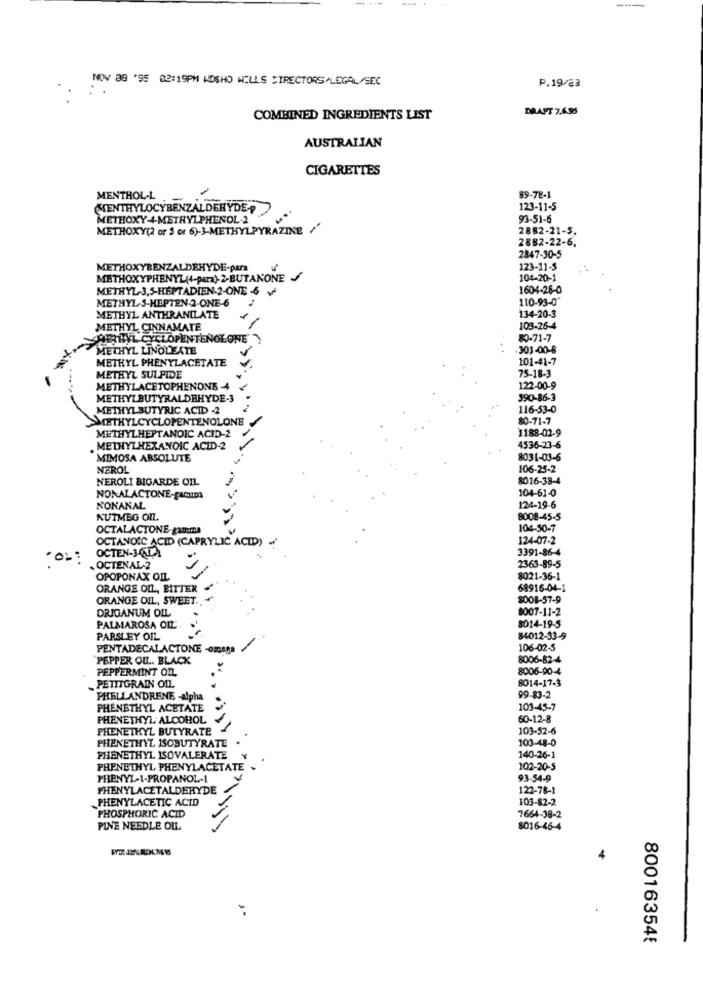
NOV 38 '95 02:19PM KOSHO WELLS DIRECTORS/LEGAL/SEC
P.19/23
DRANT 7.695
COMBINED INGREDIENTS LIST
AUSTRALIAN
CIGARETTES
MENTHOL-L
-
89-78-1
MENTHYLOCYBENZALDEHYDE-P
123-11-5
METHOXY 4-METHYLPHENOL 2
93-51-6
METHOXY(2 or 3 or 6)-3-METHYLPYRAZINE /'
2882-21-5.
2882-22-6,
2847-30-5
METHOXYBENZALDEHYDE-para
123-11-5
METHOXYPHENYL(4-para)-2-BUTANONE
104-20-1
METHYL-3.5-HEPTADIEN-2-ONE -6
1604-28-0
METHYL-S-HEPTEN-2-ONE-6
110-93-0
METHYL ANTHRANILATE
134-20-3
METHYL CINNAMATE
103-26-4
ABILLYL CYCLOPENTENOLONE
80-71-7
METHYL LINOLEATE
303-00-8
METHYL PHENYLACETATE
101-41-7
75-18-3
METHYL SULPIDE
METHYLACETOPHENONE -4
-
122-00-9
METHYLBUTYRALDEHYDE-3
390-86-3
METHYLBUTYRIC ACID -2
116-53-0
METHYLCYCLOPENTENOLONE
80-71-7
METHYLHEPTANOIC ACID-2
1188-02-9
METHYLHEXANOIC ACID-2
4536-23-6
MIMOSA ABSOLUTE
8031-03-6
NEROL
106-25-2
NEROLI BIGARDE OIL
8016-38-4
104-61-0
NONALACTONE-gamiDa
NONANAL
124-19-6
NUTMEG On
8008-45-5
OCTALACTONE gamma
104-50-7
124-07-2
OCTANOIC ACID (CAPRYLIC ACID) .
OCTEN-34LA
3391-86-4
OCTENAL 2
2363-89-5
OPOPONAX OIL
8021-36-1
ORANGE OL, BITTER
68916-04-1
ORANGE OIL, SWEET.
$008-57-9
DRIGANUM OIL
8007-11-2
PALMAROSA OR
8014-19-5
PARSLEY OIL
84012-33-9
PENTADECALACTONE -omega
106-02-5
PEPPER OU .. BLACK
8006-82-4
PEPPERMINT OIL
8006-90-4
PETITGRAIN OIL
8014-17-3
99-83-2
PHELLANDRENE -alpha
PHENETHYL ACETATE
103-45-7
PHENETHYL ALCOHOL
60-12-8
PHENETHYL BUTYRATE
103-52-6
PHENETHYL ISOBUTYRATE
103-48-0
PHENETHYL ISOVALERATE
140-26-1
PHENETHYL PHENYLACETATE
102-20-5
PHENYL-1-PROPANOL-1
93-54-9
PHENYLACETALDEHYDE
122-78-1
PHENYLACETIC ACID
103-82-2
PHOSPHORIC ACID
7664-38-2
PINE NEEDLE OU.
8016-46-4
800163545